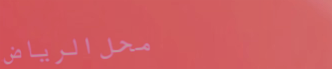
محل الرياض